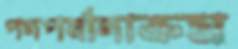
পদপর্যাদাক্রম